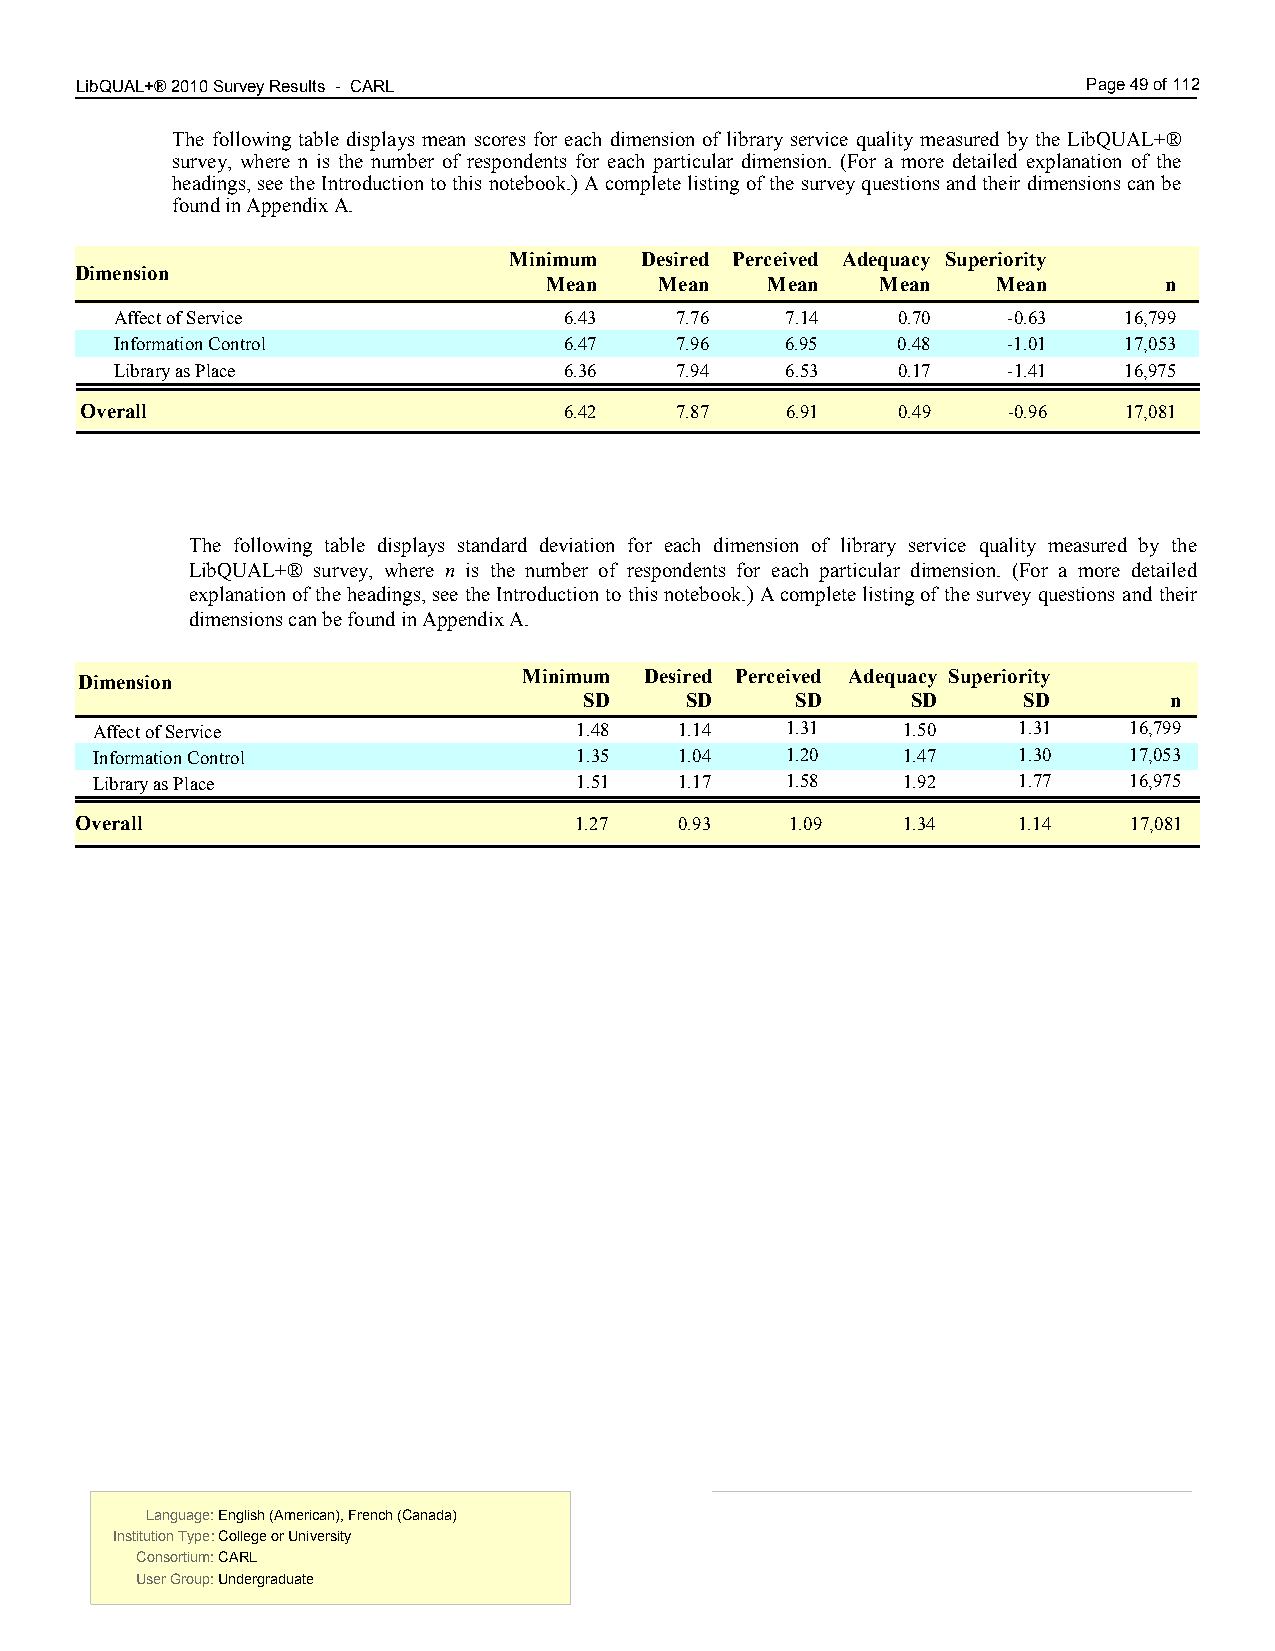
LibQUAL+® 2010 Survey Results - CARL 4.00                          Page 49 of 112
 The following table displays mean scores for each dimension of library service quality measured by the LibQUAL+®
 survey, where n is the number of respondents for each particular dimension. (For a more detailed explanation of the
 headings, see the Introduction to this notebook.) A complete listing of the survey questions and their dimensions can be
 found in Appendix A.
 Minimum Desired Perceived Adequacy Superiority
 Dimension
 Mean    Mean   Mean   Mean    Mean       n
 Affect of Service            6.43    7.76   7.14   0.70    -0.63  16,799
 Information Control          6.47    7.96   6.95   0.48    -1.01  17,053
 Library as Place             6.36    7.94   6.53   0.17    -1.41  16,975
 Overall                         6.42    7.87   6.91   0.49    -0.96  17,081
 The following table displays standard deviation for each dimension of library service quality measured by the
 LibQUAL+® survey, where n is the number of respondents for each particular dimension. (For a more detailed
 explanation of the headings, see the Introduction to this notebook.) A complete listing of the survey questions and their
 dimensions can be found in Appendix A.
 Dimension                     Minimum Desired Perceived Adequacy Superiority
 SD    SD      SD     SD      SD       n
 Affect of Service               1.48   1.14   1.31    1.50   1.31    16,799
 Information Control             1.35   1.04   1.20    1.47   1.30    17,053
 Library as Place                1.51   1.17   1.58    1.92   1.77    16,975
 Overall                          1.27   0.93   1.09    1.34   1.14    17,081
 Language: English (American), French (Canada) Language: English (American), French (Canada)
 Institution Type: College or University  Institution Type: College or University
 Consortium: CARL                         Consortium: CARL
 User Group: Undergraduate                User Group: Undergraduate